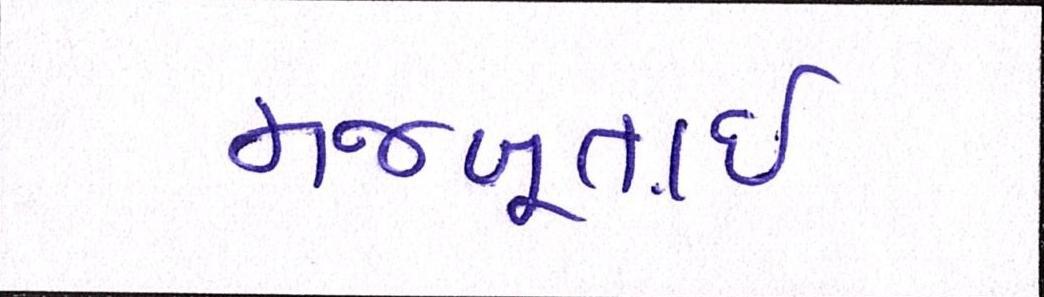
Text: મજબૂતાઈ